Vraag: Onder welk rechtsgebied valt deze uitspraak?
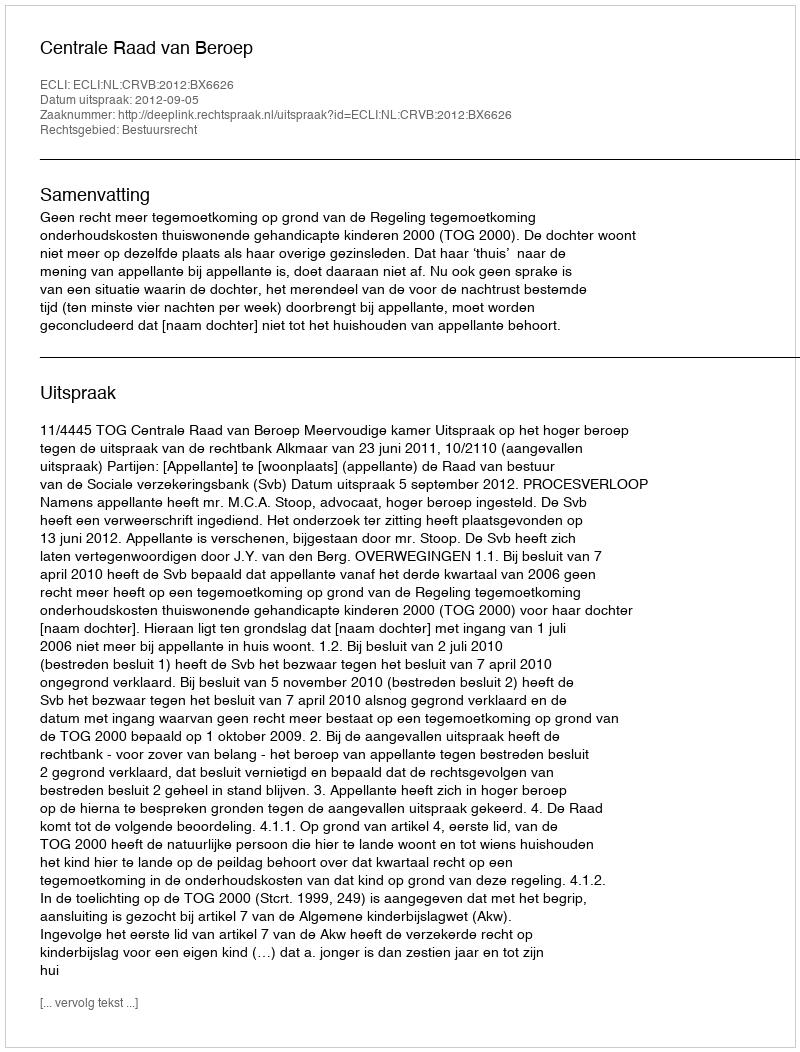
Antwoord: Bestuursrecht